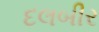
દલબીર